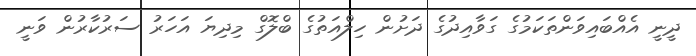
ދީނީ އެއްބައިވަންތަކަމުގެ ގަވާއިދުގެ ދަށުން ހިލްއަތުގެ ބްލޮގް މިދިޔަ އަހަރު ސަރުކާރުން ވަނީ